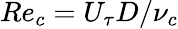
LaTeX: Re_{c}=U_{\tau}D/\nu_{c}